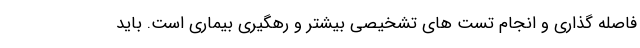
فاصله گذاری و انجام تست های تشخیصی بیشتر و رهگیری بیماری است. باید